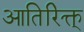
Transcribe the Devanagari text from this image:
आतिरिक्त्